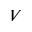
V